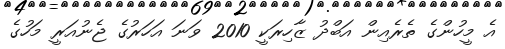
އެ މީހުންގެ ތެރެއިން އަބްދު ޒާހިރަކީ 2010 ވަނަ އަހަރުގެ ޖެނުއަރީ މަހުގެ